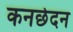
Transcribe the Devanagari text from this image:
कनछेदन